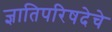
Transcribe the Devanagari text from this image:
ज्ञातिपरिषदेचे